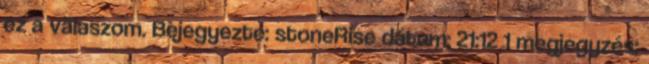
ez a válaszom. Bejegyezte: stoneRise dátum: 21:12 1 megjegyzés: